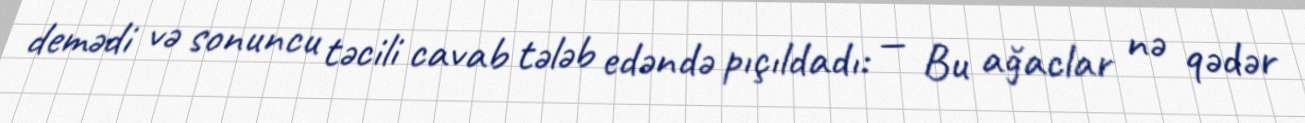
demədi və sonuncu təcili cavab tələb edəndə pıçıldadı: — Bu ağaclar nə qədər